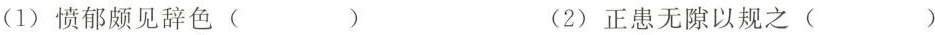
(1)愤郁颇见辞色( ) (2)正患无隙以规之( )